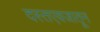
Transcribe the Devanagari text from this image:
दस्तएवजातून